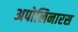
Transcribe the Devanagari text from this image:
अपोलिनारस